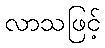
လာသဖြင့်